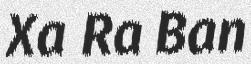
Xa Ra Ban